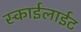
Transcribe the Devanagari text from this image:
स्काईलाईट